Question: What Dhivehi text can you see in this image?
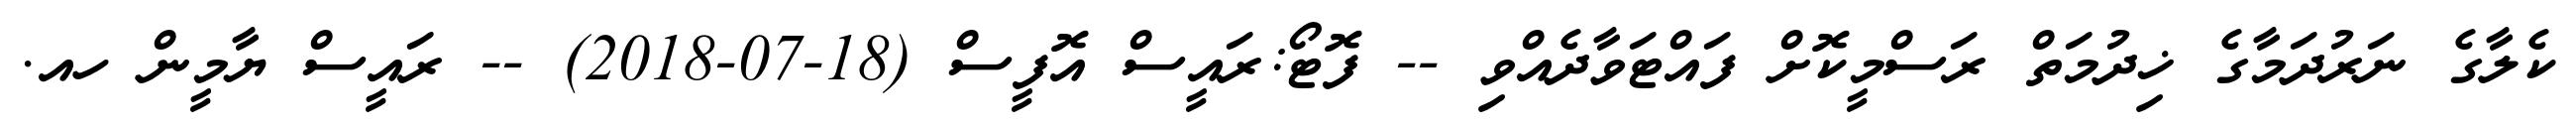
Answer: ކެލާގެ ނަރުދަމާގެ ޚިދުމަތް ރަސްމީކޮށް ފައްޓަވާދެއްވި -- ފޮޓޯ:ރައީސް އޮފީސް (18-07-2018) -- ރައީސް ޔާމީން ހއ.